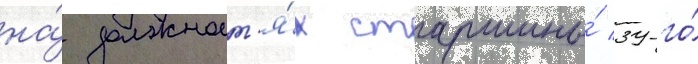
на́ должност'я́х старшины́ 39-го́